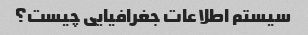
سیستم اطلاعات جغرافیایی چیست؟